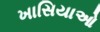
ખાસિયાઓ